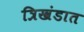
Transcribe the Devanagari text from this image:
त्रिखंडात